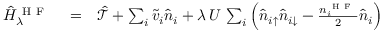
\begin{array} { r l r } { \hat { H } _ { \lambda } ^ { \mathrm { ~ H ~ F ~ } } } & { { } = } & { \hat { \mathcal { T } } + \sum _ { i } \tilde { v } _ { i } \hat { n } _ { i } + \lambda \, U \, \sum _ { i } \left( \hat { n } _ { i \uparrow } \hat { n } _ { i \downarrow } - \frac { n _ { i } ^ { \mathrm { ~ H ~ F ~ } } } { 2 } \hat { n } _ { i } \right) } \end{array}